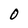
Character: 0